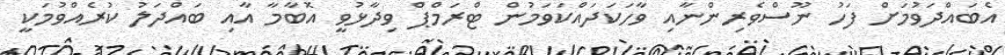
އެބައްދަވުމަށް ފަހު ނޫސްވެރިންނާއި ވާހަކަދައްކަވަމުން ޓްރަމްޕް ވިދާޅުވީ އޮބާމާ އާއި ބައްދަލު ކުރެއްވުމަކީ